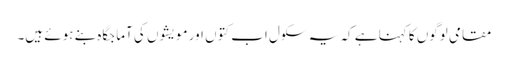
مقامی لوگوں کا کہنا ہے کہ یہ سکول اب کتوں اور مویشوں کی آماجگاہ بنے ہوئے ہیں۔